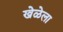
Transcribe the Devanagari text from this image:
खेळेला